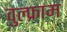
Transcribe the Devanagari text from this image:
वुल्फ्राम